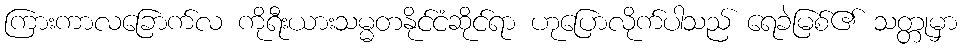
ကြားကာလခြောက်လ ကိုရီးယားသမ္မတနိုင်ငံဆိုင်ရာ ဟုပြောလိုက်ပါသည် ရေခဲမြစ်၏ သတ္တုမှာ